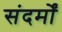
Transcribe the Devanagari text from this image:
संदर्मों